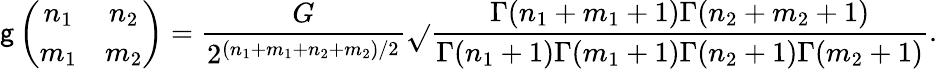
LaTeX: \mathsf{g}\left(\begin{array}{cc}{{n_{1}}}&{{n_{2}}}\\ {{m_{1}}}&{{m_{2}}}\end{array}\right)=\frac{{G}}{{2^{(n_{1}+m_{1}+n_{2}+m_{2})/2}}}\sqrt{}{{\frac{{\Gamma(n_{1}+m_{1}+1)\Gamma(n_{2}+m_{2}+1)}}{{\Gamma(n_{1}+1)\Gamma(m_{1}+1)\Gamma(n_{2}+1)\Gamma(m_{2}+1)}}}}.